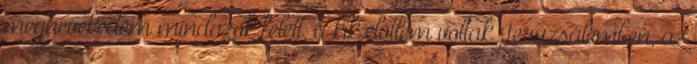
megnevekedém mindazok felett, a kik elõttem voltak Jeruzsálemben; az